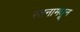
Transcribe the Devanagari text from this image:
स्तनामधून